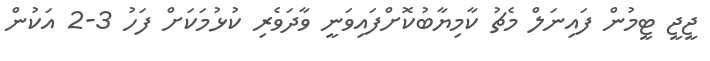
ޖީޖީ ޓީމުން ފައިނަލް މެޗު ކާމިޔާބުކޮށްފައިވަނީ ވާދަވެރި ކުޅުމަކަށް ފަހު 3-2 އަކުން